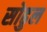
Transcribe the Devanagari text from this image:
सोढुल